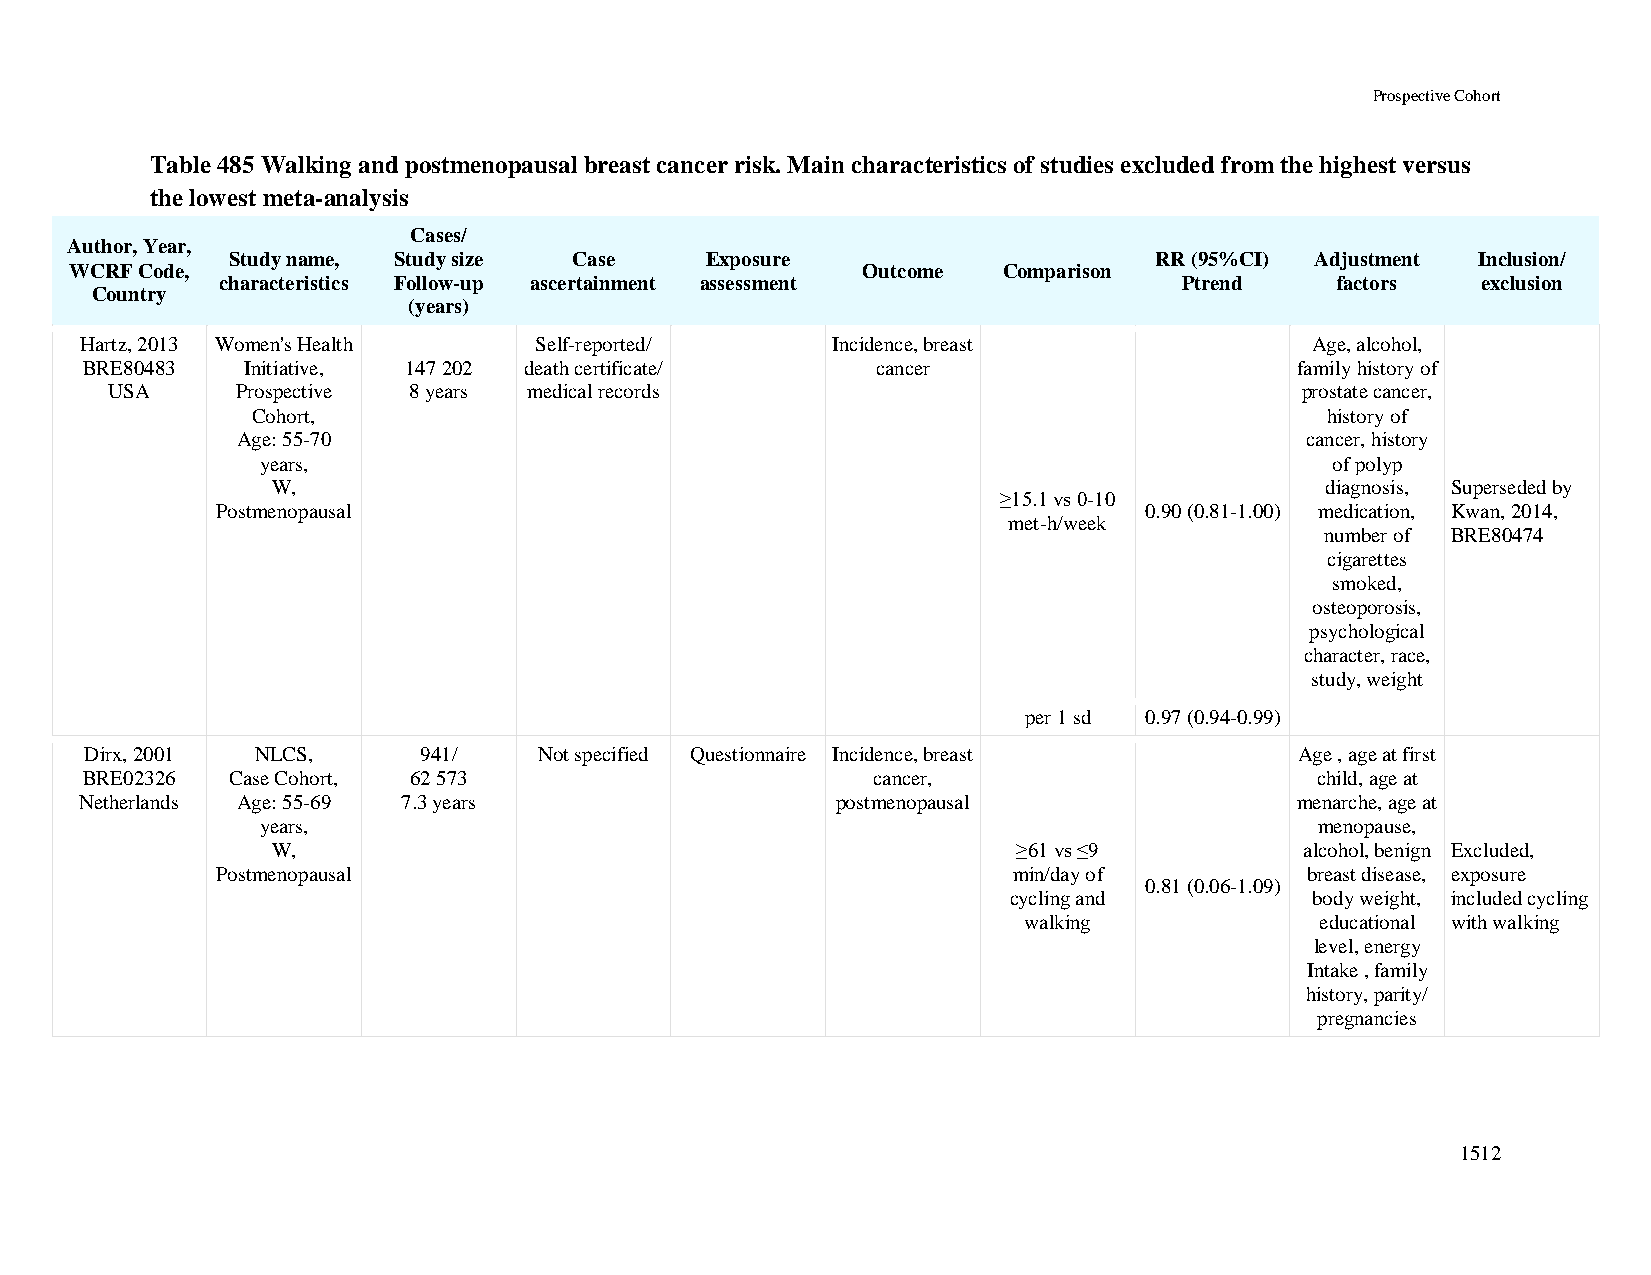
Prospective Cohort
 Table 485 Walking and postmenopausal breast cancer risk. Main characteristics of studies excluded from the highest versus
 the lowest meta-analysis
 Cases/
 Author, Year,
 Study name, Study size Case     Exposure                     RR (95%CI) Adjustment Inclusion/
 WCRF Code,                                          Outcome  Comparison
 characteristics Follow-up ascertainment assessment             Ptrend    factors   exclusion
 Country
 (years)
 Hartz, 2013 Women's Health    Self-reported/      Incidence, breast               Age, alcohol,
 BRE80483   Initiative, 147 202 death certificate/    cancer                      family history of
 USA      Prospective 8 years medical records                                   prostate cancer,
 Cohort,                                                                history of
 Age: 55-70                                                            cancer, history
 years,                                                                 of polyp
 W,                                                                    diagnosis, Superseded by
 ≥15.1 vs 0-10
 Postmenopausal                                                0.90 (0.81-1.00) medication, Kwan, 2014,
 met-h/week
 number of BRE80474
 cigarettes
 smoked,
 osteoporosis,
 psychological
 character, race,
 study, weight
 per 1 sd 0.97 (0.94-0.99)
 Dirx, 2001 NLCS,      941/    Not specified Questionnaire Incidence, breast     Age , age at first
 BRE02326  Case Cohort, 62 573                        cancer,                      child, age at
 Netherlands Age: 55-69 7.3 years                  postmenopausal                 menarche, age at
 years,                                                                menopause,
 W,                                               ≥61 vs ≤9          alcohol, benign Excluded,
 Postmenopausal                                       min/day of         breast disease, exposure
 0.81 (0.06-1.09)
 cycling and         body weight, included cycling
 walking            educational with walking
 level, energy
 Intake , family
 history, parity/
 pregnancies
 1512